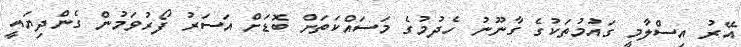
އޭރު އިސްލާމީ ގައުމުތަކުގެ ގާނޫނު ހެދުމުގެ މަސައްކަތަށް ބޮޑަށް އަސަރު ފޯރުވަމުން ގެންދިޔައީ